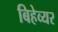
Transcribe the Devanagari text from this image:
बिहेव्यर